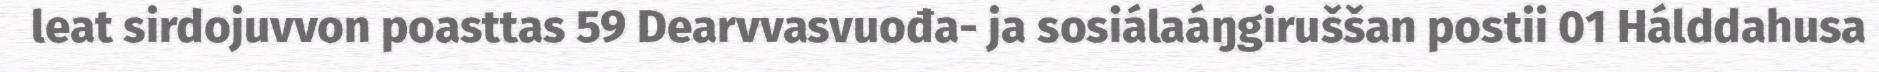
leat sirdojuvvon poasttas 59 Dearvvasvuođa- ja sosiálaáŋgiruššan postii 01 Hálddahusa